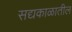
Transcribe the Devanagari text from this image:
सद्यकाळातील